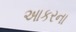
આકરના